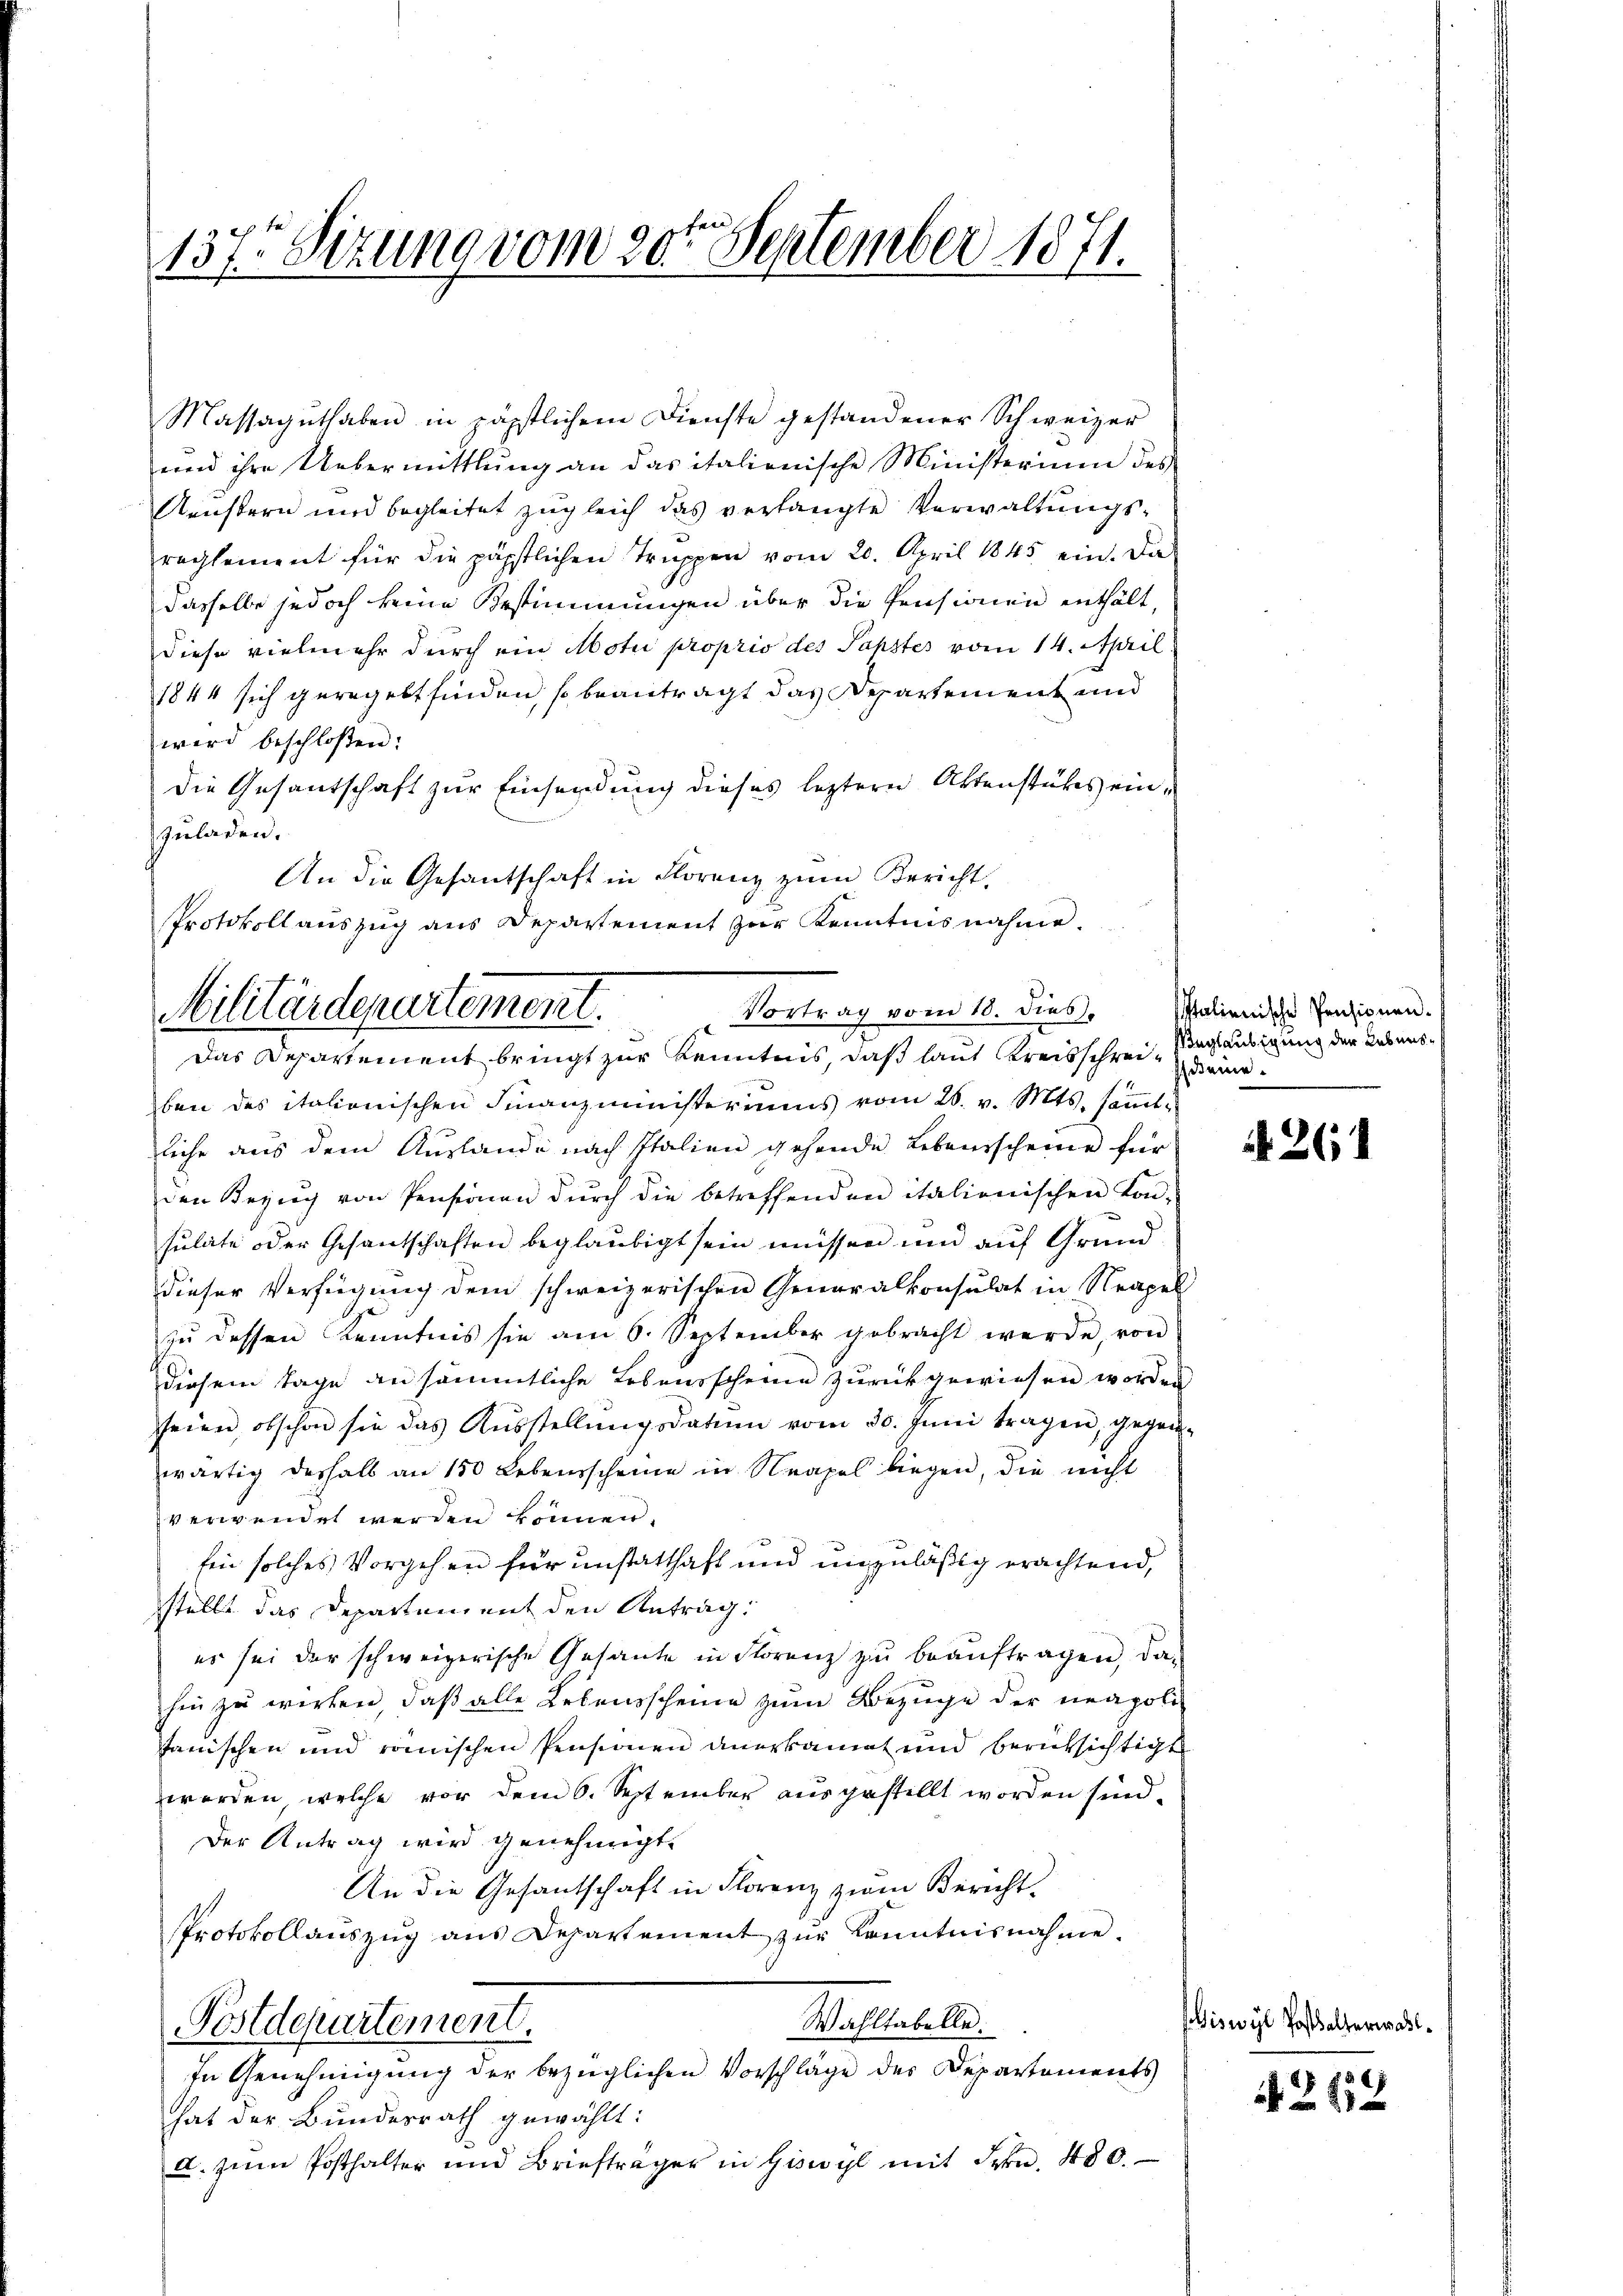
137. Sizung vom 20ten September 1871.

Massaguthaben in päpstlichem Dienste gestandener Schweizer
und ihre Uebermittlung an das italienische Ministerium des
Aeustern und begleitet zugleich das verlangte Verwaltungsrechtement für die päpstlichen Truppen vom 20. April 1845 ein. Da
dasselbe jedoch keine Bestimmungen über die Pensionen enthält,
diese vielmehr durch ein Moti proprio des Papstes vom 14. April.
1844 sich geregelt finden, so beantragt das Departement und
wird beschloßen:
Die Gesantschaft zur Einsendung dieses leztere Aktenstückes einzuladen.
An die Gesantschaft in Florenz zŭm Bericht.
Protokollauszug aus Departement zur Kenntnisnahme.

Vortrag vom 10. dies.
Militärdepartement.
Das Departement bringt zur Kenntnis, daß laut Kreisschrei- Weglaubigung der Lebens¬

ben des italionischen Finanzministeriums vom 26. v. Mts. samt-
liche aus dem Auslande nach Italien gehende Lebensscheine für
den Bezŭg von Pensionen dŭrch die betreffenden italionischen Kon-
sulate oder Gesantschaften beglaubigt sein müssen und auf Grunddieser Verfügung dem schweizerischen Generalkonsulat in Neapel
zu dessen Kenntnis sie am 6. September gebracht werde, von
diesem Tage an sämmtliche Lebensscheine zurückgewiesen worden
seien obschon sie das Aŭsstellŭngsdatum vom 30. Juni tragen, gegenwärtig deshalb an 150 Lebensscheine in Neapel liegen, die nicht
verwendet werden können.
Ein solches Vorgehen für unstatthaft und unzuläßig erachtend,
stellt das Departement den Antrag:
es sei der schweizerische Gesante in Florenz zu beauftragen, da-
hin zu wirken, daß alle Lebensscheine zum Bezuge der neapolitanischen und römischen Pensionen anerkannt und berücksichtigt
werden, welche vor dem 6. September ausgestellt worden sind.
Der Antrag wird genehmigt.
An die Gesantschaft in Florenz zum Berecht.
Protokollauszug aus Departement zur Kenntnisnahme.
Wahltabelle.
Postdepartement.
In Genehmigung der bezüglichen Vorschläge der Departements
hat der Bundesrath gewählt:
u. zum Posthalter und Briefträger in Giswyl mit Frkn. 480.

Italienische Pensionen.
deme

. 261

iswyl Posthalterwal¬

N. Z. 112